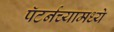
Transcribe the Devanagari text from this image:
पॅटर्नच्यामध्ये